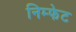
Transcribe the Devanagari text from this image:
निम्फेट